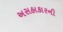
અસહાકારની